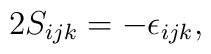
2 S_{ijk} = - \epsilon _{ijk},